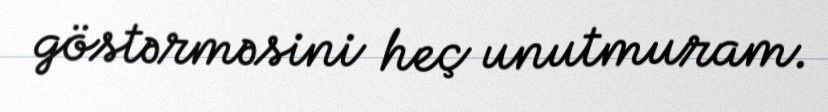
göstərməsini heç unutmuram.